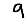
Digit: 9